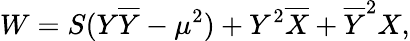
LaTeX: W=S(Y\overline{{Y}}-\mu^{2})+Y^{2}\overline{{X}}+\overline{{Y}}^{2}X,